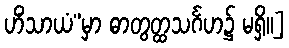
ဟိံသာယံ”မှာ ဓာတွတ္ထသင်္ဂဟ၌ မရှိ။]